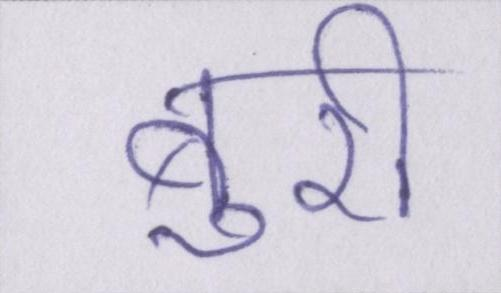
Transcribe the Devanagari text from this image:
बुरी